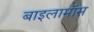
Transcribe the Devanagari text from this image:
बाइलामॉस